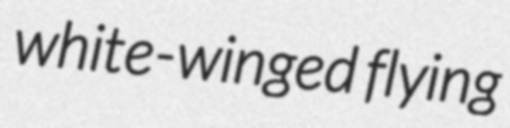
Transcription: white-winged flying